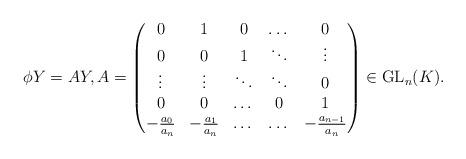
LaTeX: \begin{align*}\phi Y=AY, A=\begin{pmatrix}0&1&0&\dots&0\\0&0&1&\ddots&\vdots\\\vdots&\vdots&\ddots&\ddots&0\\0&0&\dots&0&1\\-\frac{a_{0}}{a_{n}}& -\frac{a_{1}}{a_{n}}&\dots & \dots & -\frac{a_{n-1}}{a_{n}}\end{pmatrix}\in \operatorname{GL}_{n}(K).\end{align*}